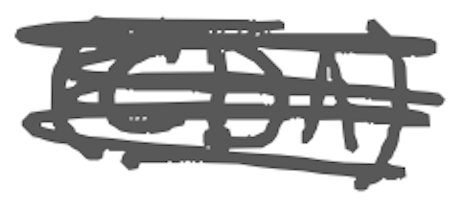
Text: (CDA)
Cross-out: mix
Writing tool: digital_gray